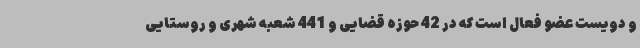
و دویست عضو فعال است که در 42 حوزه قضایی و 441 شعبه شهری و روستایی